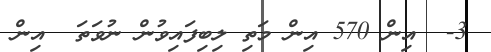
3-  އިން 570 އިން މަތި ލިބިފައިވުން ނުވަތަ  އިން